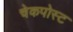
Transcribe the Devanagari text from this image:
चेकपोस्‍ट